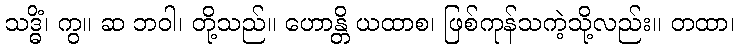
သဒ္ဓိံ၊ ကွ။ ဆ ဘဝါ၊ တို့သည်။ ဟောန္တိ ယထာစ၊ ဖြစ်ကုန်သကဲ့သို့လည်း။ တထာ၊